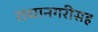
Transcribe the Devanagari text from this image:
राधानगरीसह